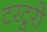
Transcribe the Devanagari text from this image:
टरटुरो